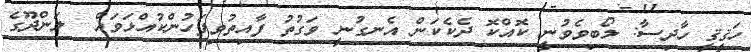
ހަޤީޤީ ހާދިސާ: ލޯބިވެވުނީ ކޮއްކޮ ދެކެކަން އެނގުނީ ވަގުތު ފާއިތުވިފަހުންކުއްޅަވައް  ލަންދޫގެ